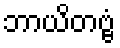
ဘာယိတဗ္ဗံ